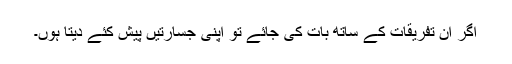
اگر ان تفریقات کے ساتھ بات کی جائے تو اپنی جسارتیں پیش کئے دیتا ہوں۔